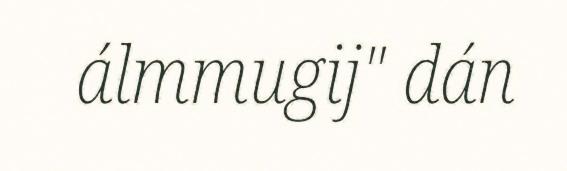
álmmugij" dán